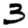
Digit: 3